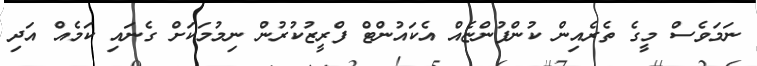
ނަމަވެސް މީގެ ތެރެއިން ކުންފުންޏެއް އެކައުންޓް ފްރީޒުކުރުން ނިމުމަކަށް ގެނައި ކަމެއް އަދި